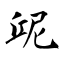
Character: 屔